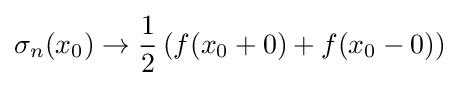
\sigma _{n}(x_{0})\to {\frac {1}{2}}\left(f(x_{0}+0)+f(x_{0}-0)\right)